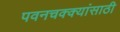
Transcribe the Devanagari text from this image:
पवनचक्क्यांसाठी